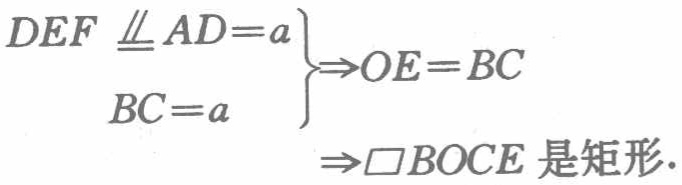
\begin{align*}

\left.\begin{array}{r}

DEF\equalparallel AD = a\\

BC = a

\end{array}\right\}

&\Rightarrow OE = BC\\

&\Rightarrow \square BOCE\text{ 是矩形}.

\end{align*}